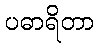
ပဓာရိတာ